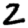
Digit: 2